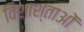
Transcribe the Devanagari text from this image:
विशाश्ताओं